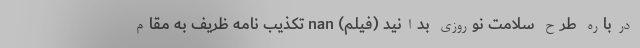
درباره طرح سلامت نوروزی بدانید (فیلم) nan تکذیب نامه ظریف به مقام